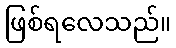
ဖြစ်ရလေသည်။